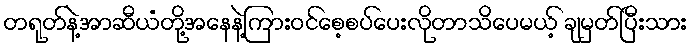
တရုတ်နဲ့အာဆီယံတို့အနေနဲ့ကြားဝင်စေ့စပ်ပေးလိုတာသိပေမယ့် ချမှတ်ပြီးသား